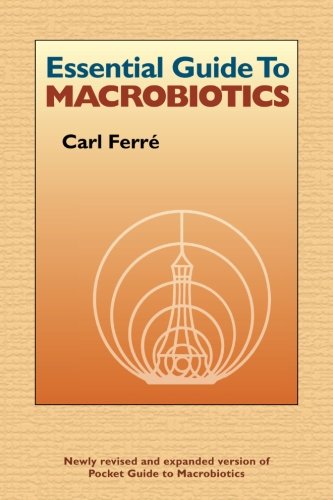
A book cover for Essential Guide to Macrobiotics; Carl Ferre; Health, Fitness & Dieting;